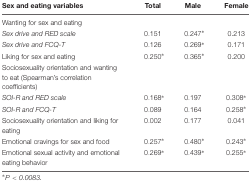
<table><thead><tr><td><b>Sex and eating variables</b></td><td><b>Total</b></td><td><b>Male</b></td><td><b>Female</b></td></tr></thead><tbody><tr><td>Wanting for sex and eating</td><td></td><td></td><td></td></tr><tr><td><i>Sex drive and RED scale</i></td><td>0.151</td><td>0.247*</td><td>0.213</td></tr><tr><td><i>Sex drive and FCQ-T</i></td><td>0.126</td><td>0.269*</td><td>0.171</td></tr><tr><td>Liking for sex and eating</td><td>0.250*</td><td>0.365*</td><td>0.200</td></tr><tr><td>Sociosexuality orientation and wanting to eat (Spearman’s correlation coefficients)</td><td></td><td></td><td></td></tr><tr><td><i>SOI-R and RED scale</i></td><td>0.168*</td><td>0.197</td><td>0.308<sup>∗</sup></td></tr><tr><td><i>SOI-R and FCQ-T</i></td><td>0.089</td><td>0.164</td><td>0.258<sup>∗</sup></td></tr><tr><td>Sociosexuality orientation and liking for eating</td><td>0.002</td><td>0.177</td><td>0.041</td></tr><tr><td>Emotional cravings for sex and food</td><td>0.257*</td><td>0.480*</td><td>0.243<sup>∗</sup></td></tr><tr><td>Emotional sexual activity and emotional eating behavior</td><td>0.269*</td><td>0.439*</td><td>0.255<sup>∗</sup></td></tr></tbody></table>